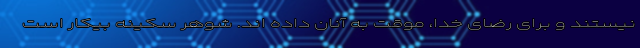
نیستند و برای رضای خدا، موقت به آنان داده اند. شوهر سکینه بیکار است